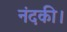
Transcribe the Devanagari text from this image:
नंदकी।